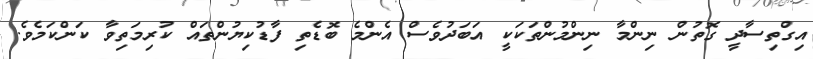
އިގްތިސާދީ ގޮތުން ނިންމާ ނިންމުންތަކަކީ އަބަދުވެސް އެންމެ ބޮޑެތި ފާޑުކިޔުންތައް ކުރިމަތިވާ ކަންކަމެވެ.